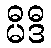
မီဒီ